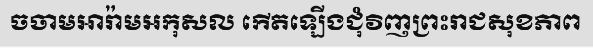
ចចាមអារ៉ាមអកុសល កើតឡើងជុំវិញព្រះរាជសុខភាព